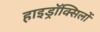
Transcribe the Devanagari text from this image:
हाइड्रॉक्सिलों